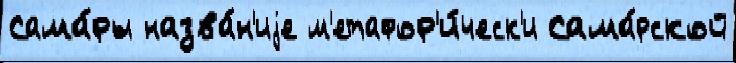
Сама́ры назва́н'иjе м'етафор'и́ческ'и Сама́рской